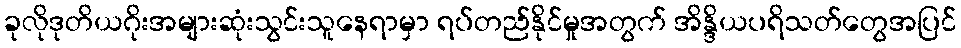
ခုလိုဒုတိယဂိုးအများဆုံးသွင်းသူနေရာမှာ ရပ်တည်နိုင်မှုအတွက် အိန္ဒိယပရိသတ်တွေအပြင်